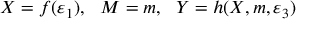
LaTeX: X = f ( \varepsilon _ { 1 } ) , ~ ~ M = m , ~ ~ Y = h ( X , m , \varepsilon _ { 3 } )